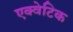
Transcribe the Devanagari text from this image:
एक्वेटिक